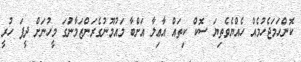
ކޮންހަމަޖެހުމެއް ހެއްޔެވެތިޔަ ސޮކް ކިތައް އާޢިލާ އަށްބާ މައުމޫނުގެރަންޒަމާނުަގަ މީހުނަށް ދީފަ ހުރީ